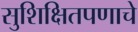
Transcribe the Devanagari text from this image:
सुशिक्षितपणाचे